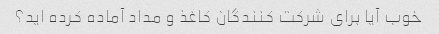
خوب آیا برای شرکت کنندگان کاغذ و مداد آماده کرده اید؟